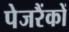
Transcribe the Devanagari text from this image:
पेजरैंकों